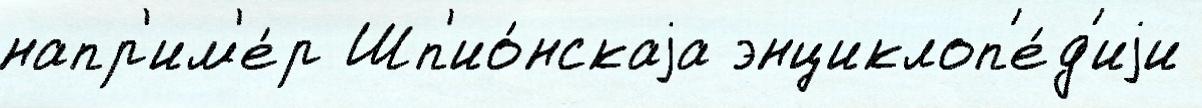
напр'им'е́р Шп'ио́нскаjа энциклоп'е́д'иjи